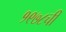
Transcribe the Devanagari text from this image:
१९७८ची